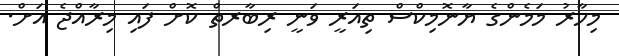
މިހާރު މަމެންގެ ޔާނޮމިކްސް ތިއަރީ ވަނީ ރިބާރތް ކޮށް ފައި މިރާއްޖެ އަށް.